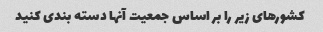
کشورهای زیر را بر اساس جمعیت آنها دسته بندی کنید